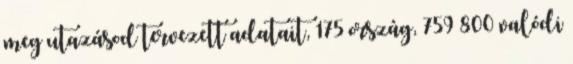
meg utazásod tervezett adatait, 175 ország, 759 800 valódi